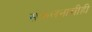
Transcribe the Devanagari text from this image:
संकलनाचीही